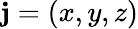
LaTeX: \mathbf{j}=(x,y,z)